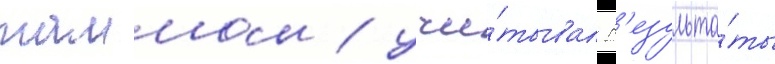
таммом / учи́тывал р'езульта́ты